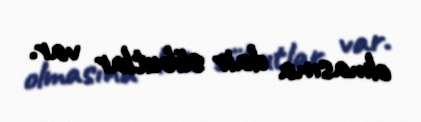
olmasına dair sübutlar var.